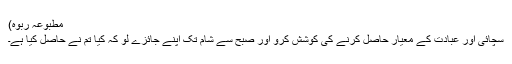
مطبوعہ ربوہ)
سچائی اور عبادت کے معیار حاصل کرنے کی کوشش کرو اور صبح سے شام تک اپنے جائزے لو کہ کیا تم نے حاصل کیا ہے۔